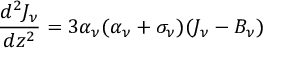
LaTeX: { \frac { d ^ { 2 } J _ { \nu } } { d z ^ { 2 } } } = 3 \alpha _ { \nu } ( \alpha _ { \nu } + \sigma _ { \nu } ) ( J _ { \nu } - B _ { \nu } )